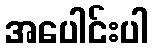
အပေါင်းပါ